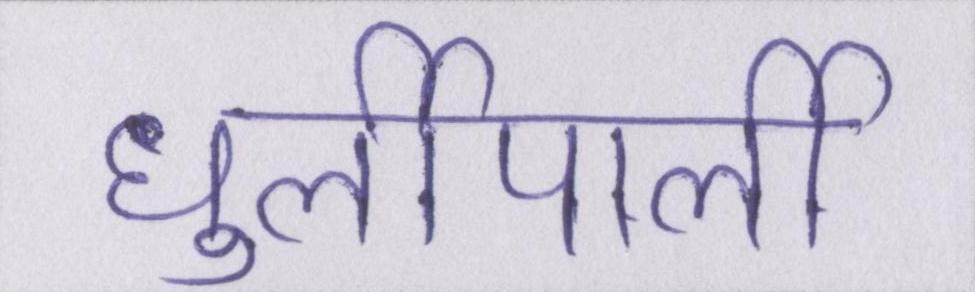
धुर्लीपार्ली